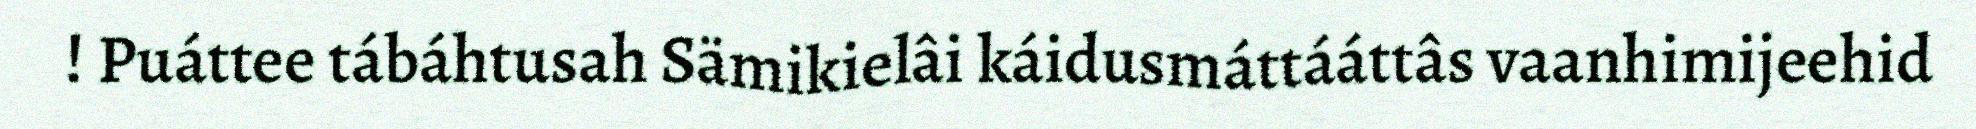
! Puáttee tábáhtusah Sämikielâi káidusmáttááttâs vaanhimijeehid